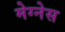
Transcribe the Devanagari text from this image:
मेग्नेस